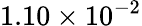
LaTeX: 1.10\times 10^{-2}